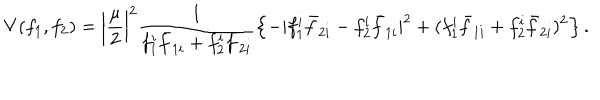
V ( f _ { 1 } , f _ { 2 } ) = \left| \frac { \mu } { 2 } \right| ^ { 2 } \frac { 1 } { f _ { 1 } ^ { i } { \bar { f } } _ { 1 i } + f _ { 2 } ^ { i } { \bar { f } } _ { 2 i } } \left\{ - | f _ { 1 } ^ { i } { \bar { f } } _ { 2 i } - f _ { 2 } ^ { i } { \bar { f } } _ { 1 i } | ^ { 2 } + ( f _ { 1 } ^ { i } { \bar { f } } _ { 1 i } + f _ { 2 } ^ { i } { \bar { f } } _ { 2 i } ) ^ { 2 } \right\} .